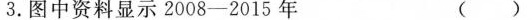
3.图中资料显示2008-2015年 ()